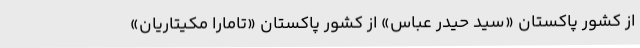
از کشور پاکستان «سید حیدر عباس» از کشور پاکستان «تامارا مکیتاریان»